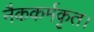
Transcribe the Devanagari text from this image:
नैककर्मकृत।